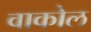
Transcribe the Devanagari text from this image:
वाकोल